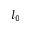
l _ { 0 }